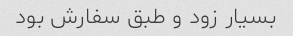
بسیار زود و طبق سفارش بود